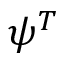
\psi ^ { T }